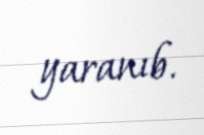
yaranıb.